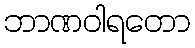
ဘာဏဝါရတော